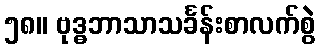
၅၈။ ဗုဒ္ဓဘာသာသင်္ခန်းစာလက်စွဲ